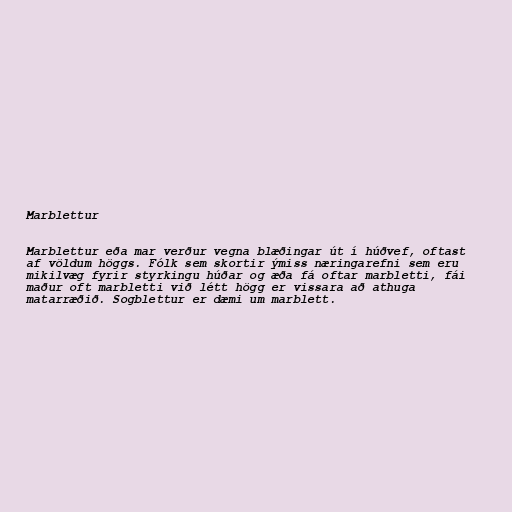
Marblettur

Marblettur eða mar verður vegna blæðingar út í húðvef, oftast
af völdum höggs. Fólk sem skortir ýmiss næringarefni sem eru
mikilvæg fyrir styrkingu húðar og æða fá oftar marbletti, fái
maður oft marbletti við létt högg er vissara að athuga
matarræðið. Sogblettur er dæmi um marblett.